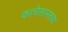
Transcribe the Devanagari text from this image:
काचेसारख्या